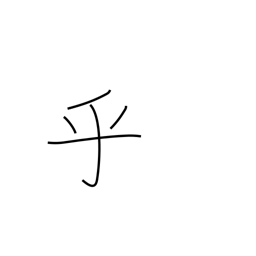
Meaning: question mark